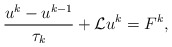
\begin{align*}\frac{ u^k-u^{k-1}}{\tau_k} +\mathcal{L}u^k = F^k,\end{align*}